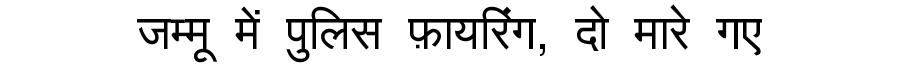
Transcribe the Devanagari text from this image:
जम्मू में पुलिस फ़ायरिंग, दो मारे गए